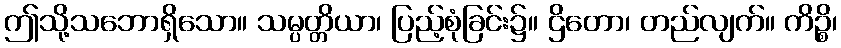
ဤသို့သဘောရှိသော။ သမ္ပတ္တိယာ၊ ပြည့်စုံခြင်း၌။ ဌိတော၊ တည်လျက်။ ကိဉ္စိ၊